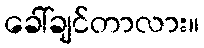
ခေါ်ချင်တာလား။